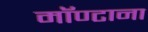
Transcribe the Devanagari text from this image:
मॉण्टाना